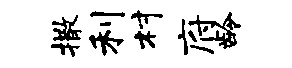
撒利村府龄